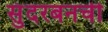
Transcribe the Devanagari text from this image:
सुंदरबनची